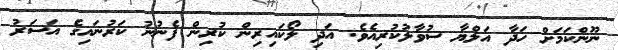
ނޫންކަމަށް ހަދާ އަލްޔާ ސުވާލުކުރިއެވެ. އަދި ލޯކައިރިން ކުރިން ފެނުނު ކަރުނައިގެ އަސަރު